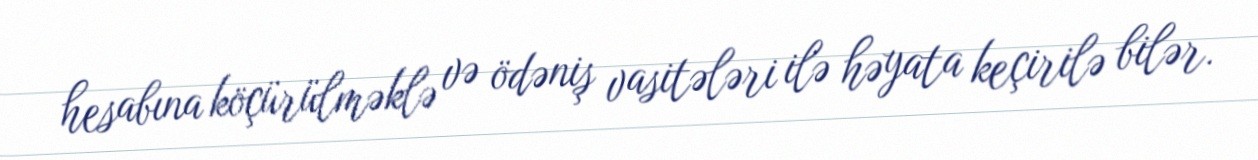
hesabına köçürülməklə və ödəniş vasitələri ilə həyata keçirilə bilər.